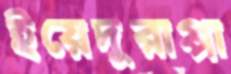
ইয়েদুরাপ্পা